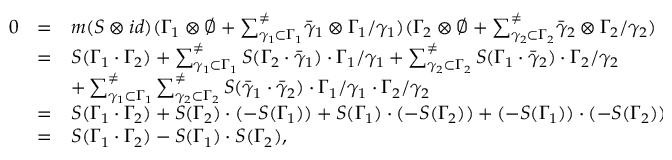
\begin{array} { l l l } { { 0 } } & { { = } } & { { m ( S \otimes i d ) ( \Gamma _ { 1 } \otimes \emptyset + { \sum _ { \gamma _ { 1 } \subset \Gamma _ { 1 } } ^ { \neq } } \bar { \gamma } _ { 1 } \otimes \Gamma _ { 1 } / \gamma _ { 1 } ) ( \Gamma _ { 2 } \otimes \emptyset + { \sum _ { \gamma _ { 2 } \subset \Gamma _ { 2 } } ^ { \neq } } \bar { \gamma } _ { 2 } \otimes \Gamma _ { 2 } / \gamma _ { 2 } ) \medskip } } \\ { { } } & { { = } } & { { S ( \Gamma _ { 1 } \cdot \Gamma _ { 2 } ) + \sum _ { \gamma _ { 1 } \subset \Gamma _ { 1 } } ^ { \neq } S ( \Gamma _ { 2 } \cdot \bar { \gamma } _ { 1 } ) \cdot \Gamma _ { 1 } / \gamma _ { 1 } + \sum _ { \gamma _ { 2 } \subset \Gamma _ { 2 } } ^ { \neq } S ( \Gamma _ { 1 } \cdot \bar { \gamma } _ { 2 } ) \cdot \Gamma _ { 2 } / \gamma _ { 2 } \medskip } } \\ { { } } & { { } } & { { + \sum _ { \gamma _ { 1 } \subset \Gamma _ { 1 } } ^ { \neq } \sum _ { \gamma _ { 2 } \subset \Gamma _ { 2 } } ^ { \neq } S ( \bar { \gamma } _ { 1 } \cdot \bar { \gamma } _ { 2 } ) \cdot \Gamma _ { 1 } / \gamma _ { 1 } \cdot \Gamma _ { 2 } / \gamma _ { 2 } \medskip } } \\ { { } } & { { = } } & { { S ( \Gamma _ { 1 } \cdot \Gamma _ { 2 } ) + S ( \Gamma _ { 2 } ) \cdot ( - S ( \Gamma _ { 1 } ) ) + S ( \Gamma _ { 1 } ) \cdot ( - S ( \Gamma _ { 2 } ) ) + ( - S ( \Gamma _ { 1 } ) ) \cdot ( - S ( \Gamma _ { 2 } ) ) \medskip } } \\ { { } } & { { = } } & { { S ( \Gamma _ { 1 } \cdot \Gamma _ { 2 } ) - S ( \Gamma _ { 1 } ) \cdot S ( \Gamma _ { 2 } ) , } } \end{array}